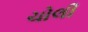
ચોલી